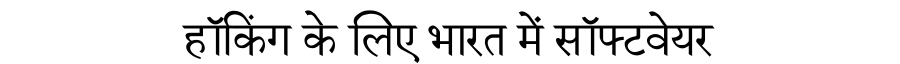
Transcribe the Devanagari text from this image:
हॉकिंग के लिए भारत में सॉफ्टवेयर